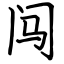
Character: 闯